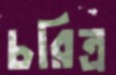
চরিত্র